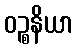
ဝဉ္စနိယာ